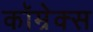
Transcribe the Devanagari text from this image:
कॉम्रेक्स